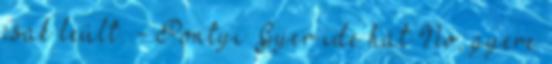
csak leült. - Pontyi Gyer ide hát No, gyere